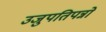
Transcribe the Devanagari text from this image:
उजुपतिपन्नो